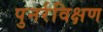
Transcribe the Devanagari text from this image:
पुनर्रविक्षण